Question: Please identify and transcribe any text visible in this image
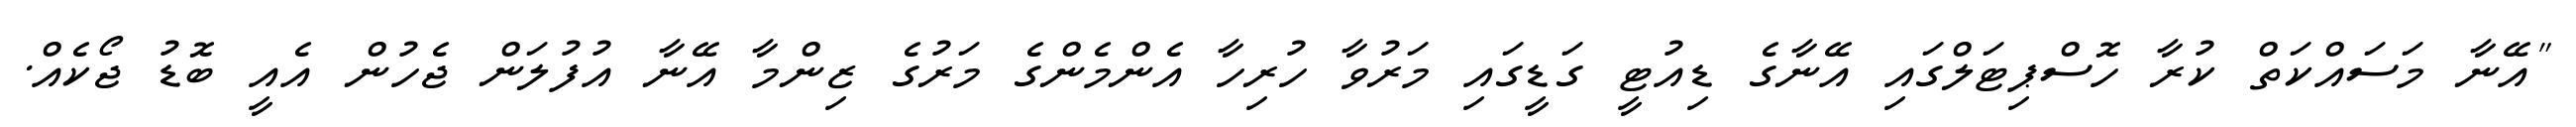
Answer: "އޭނާ މަސައްކަތް ކުރާ ހޮސްޕިޓަލްގައި އޭނާގެ ޑިއުޓީ ގަޑީގައި މަރުވާ ހުރިހާ އެންމެންގެ މަރުގެ ޒިންމާ އޭނާ އުފުލަން ޖެހުން އެއީ ބޮޑު ޖޯކެއް.